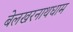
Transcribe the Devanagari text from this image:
बेलखरनाथधाम